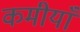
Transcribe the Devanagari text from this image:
कमीयाँ